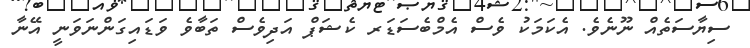
ސިޔާސަތެއް ނޫނެވެ. އެކަމަކު ވެސް އެމްބެސަޑަރ ކެޝަޕް އަދިވެސް ތަބާވެ ވަޑައިގަންނަވަނީ އޭނާ